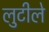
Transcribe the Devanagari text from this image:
लुटीले